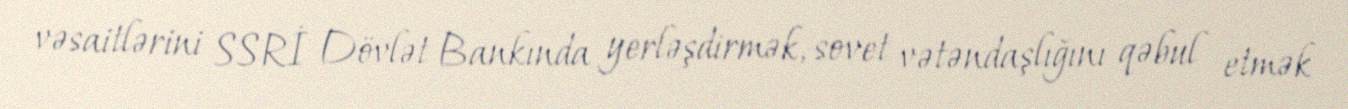
vəsaitlərini SSRİ Dövlət Bankında yerləşdirmək, sovet vətəndaşlığını qəbul etmək